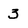
Character: 3